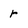
Character: r